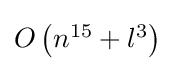
{\textstyle O\left(n^{15}+l^{3}\right)}